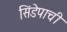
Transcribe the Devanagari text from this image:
सिंडेपाची